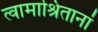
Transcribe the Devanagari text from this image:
त्वामाश्रितानां